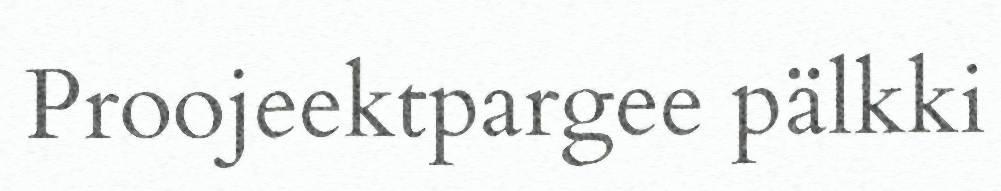
Proojeektpargee pälkki